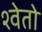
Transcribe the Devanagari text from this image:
श्‍वेतो